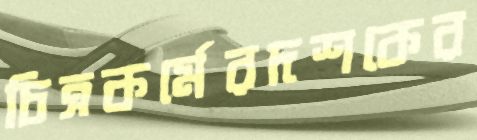
চিত্রকর্মেরদশকের